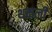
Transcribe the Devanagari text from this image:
थकली